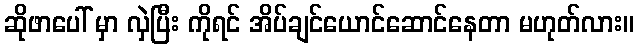
ဆိုဖာပေါ် မှာ လှဲပြီး ကိုရင် အိပ်ချင်ယောင်ဆောင်နေတာ မဟုတ်လား။